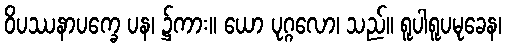
ဝိပဿနာပက္ခေ ပန၊ ၌ကား။ ယော ပုဂ္ဂလော၊ သည်။ ရူပါရူပမုခေန၊